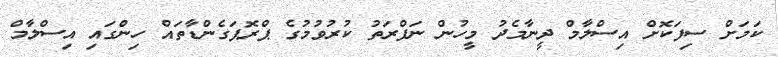
ކަމަށް ސިފަކޮށް އިސްލާމް ދީނާމެދު މީހުން ނަފްރަތު ކުރުވުމުގެ ޕްރޮޕަގެންޑާތައް ހިންގައި އިސްލާމް